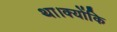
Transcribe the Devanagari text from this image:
था।क्योंकि